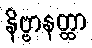
နိဗ္ဗာနတ္ထာ